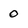
Character: 0